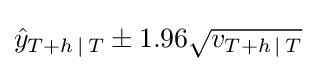
{\hat {y}}_{T+h\,\mid \,T}\pm 1.96{\sqrt {v_{T+h\,\mid \,T}}}